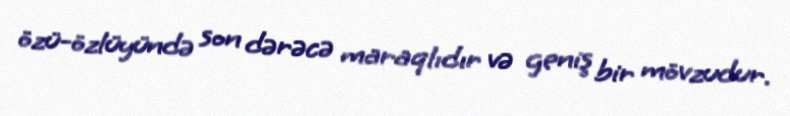
özü-özlüyündə son dərəcə maraqlıdır və geniş bir mövzudur.